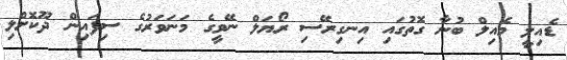
ޑެއިލީ މެއިލް ބުނާ ގޮތުގައި އިނގިރޭސި ރޯޔަލް ނޭވީގެ މަނަވަރުގެ ސިފައިން ދޫކޮށްލި